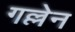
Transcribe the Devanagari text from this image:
गल्लेन